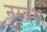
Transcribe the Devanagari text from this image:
नुरबक्ष